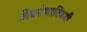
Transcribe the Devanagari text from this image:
त्रिकोणाविषयी